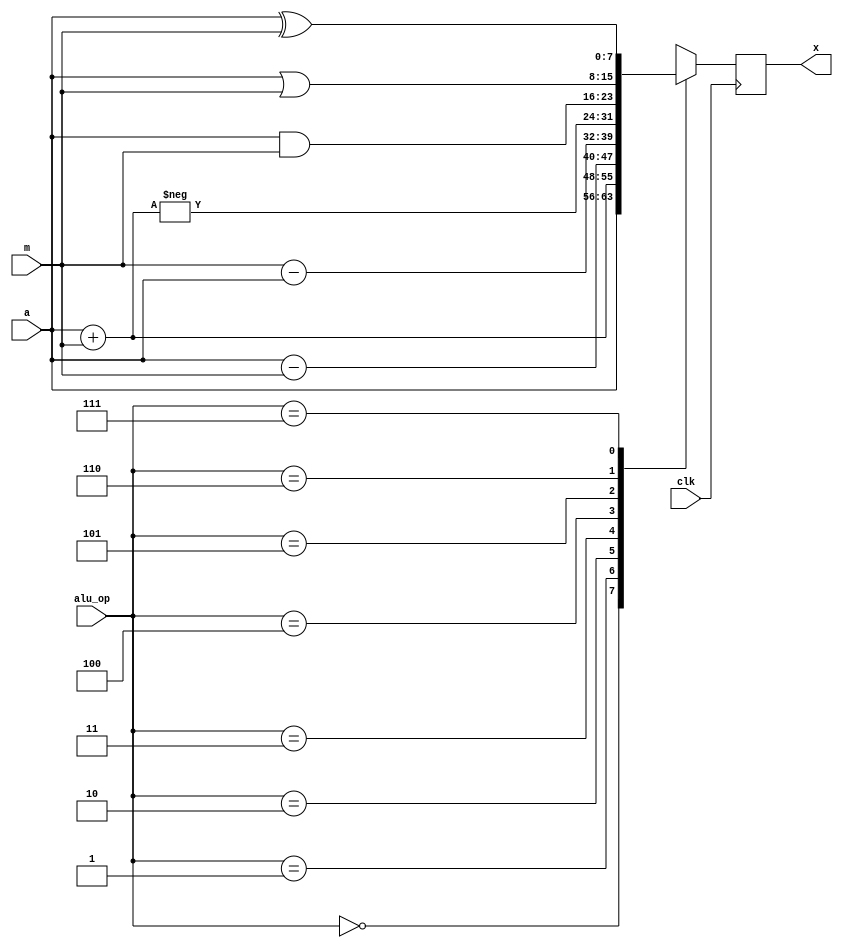
`timescale 1ns / 1ps
//////////////////////////////////////////////////////////////////////////////////
// Company: 
// Engineer: 
// 
// Design Name: 
// Module Name:    ALU 
// Project Name: 
// Target Devices: 
// Tool versions: 
// Description: 
//
// Dependencies: 
//
// Revision: 
// Revision 0.01 - File Created
// Additional Comments: 
//
//////////////////////////////////////////////////////////////////////////////////
module ALU(
a,
m,
clk,
alu_op,
x
    );

input wire [7:0] a;
input wire [7:0] m;
input clk;
input wire [2:0] alu_op;
output wire [7:0] x;

reg [7:0] res;

always @(posedge clk)
begin
	case (alu_op) 
		0 : res = a; 
		1 : res = a + m; 
		2 : res = a - m;   
		3 : res = m - a;
		4 : res = -(a+m);
		5 : res = a & m;
		6 : res = a | m;
		7 : res = a ^ m;		
		default : $display("Error in SEL"); 
 endcase 
end

assign x = res;

endmodule